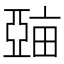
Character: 𤲾